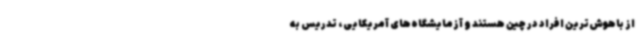
از باهوش‌ترین افراد در چین هستند و آزمایشگاه‌های آمریکایی، تدریس به